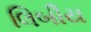
લિબીય